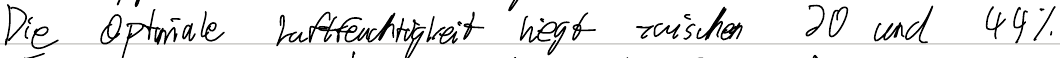
Die optimale Luftfeuchtigkeit liegt zwischen 20 und 44%